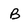
Character: B